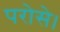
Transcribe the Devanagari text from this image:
परोसे।